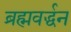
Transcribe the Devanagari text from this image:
ब्रह्मवर्द्धन